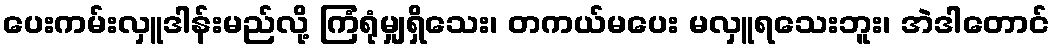
ပေးကမ်းလှူဒါန်းမည်လို့ ကြံရုံမျှရှိသေး၊ တကယ်မပေး မလှူရသေးဘူး၊ အဲဒါတောင်